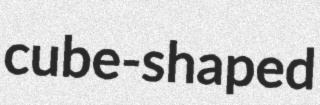
cube-shaped